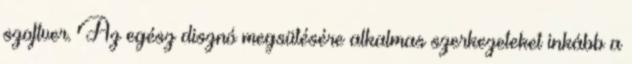
szoftver. Az egész disznó megsütésére alkalmas szerkezeteket inkább a